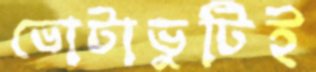
ভোটাভুটিই